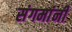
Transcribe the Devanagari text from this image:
संगमांनी